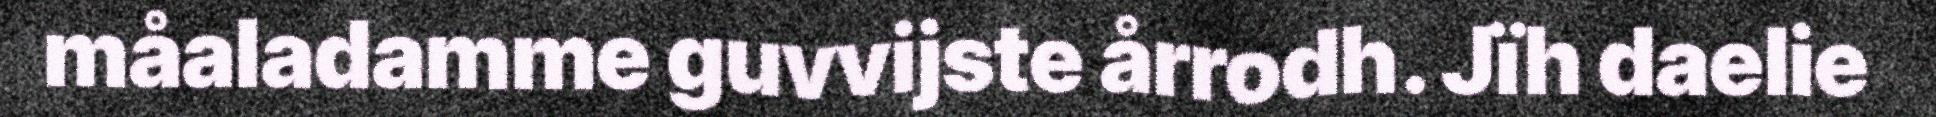
måaladamme guvvijste årrodh. Jïh daelie